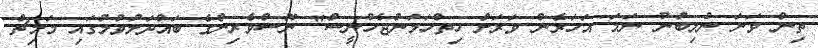
ތިން ވަނަ ނުލިބުނު ނަމަ އަހަރެން ވަރަށް ހިތްހަމަނުޖެހުނީސް" ނޫސްވެރިންގެ ބައްދަލުވުމުގައި މަމިޗް